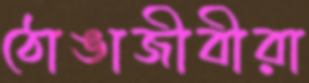
ঠোঙাজীবীরা